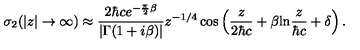
{ \sigma } _ { 2 } ( | z | \to \infty ) \approx \frac { 2 { \hbar } c e ^ { - \frac { \pi } { 2 } { \beta } } } { | { \Gamma } ( 1 + i { \beta } ) | } z ^ { - 1 / 4 } \cos \left( \frac { z } { 2 { \hbar } c } + \beta \mathrm { l n } \frac { z } { { \hbar } c } + \delta \right) .